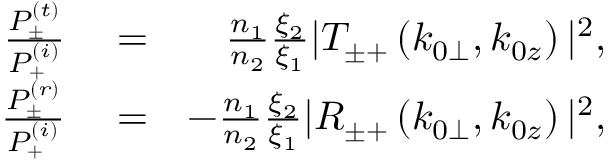
\begin{array} { r l r } { \frac { P _ { \pm } ^ { ( t ) } } { P _ { + } ^ { ( i ) } } } & { { } = } & { \frac { n _ { 1 } } { n _ { 2 } } \frac { \xi _ { 2 } } { \xi _ { 1 } } | T _ { \pm + } \left( k _ { 0 \perp } , k _ { 0 z } \right) | ^ { 2 } , } \\ { \frac { P _ { \pm } ^ { ( r ) } } { P _ { + } ^ { ( i ) } } } & { { } = } & { - \frac { n _ { 1 } } { n _ { 2 } } \frac { \xi _ { 2 } } { \xi _ { 1 } } | R _ { \pm + } \left( k _ { 0 \perp } , k _ { 0 z } \right) | ^ { 2 } , } \end{array}